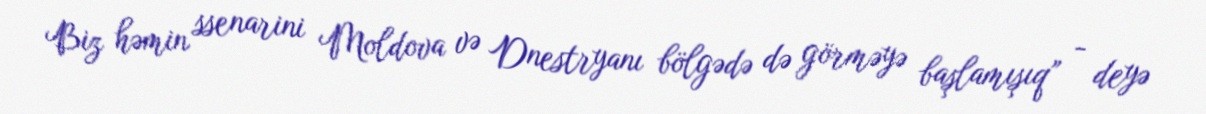
Biz həmin ssenarini Moldova və Dnestryanı bölgədə də görməyə başlamışıq” - deyə